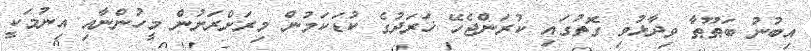
އިބުނު ބަޠޫޠާ ވިދާޅުވި ގޮތުގައި ކުރަންޖެހޭ ޚަރަދުގެ ކުޑަކަމުން މިރަށްރަށުން މީހުންނާއި އިނުމަކީ